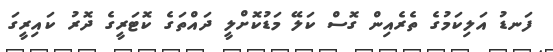
ފަނޑު އަލިކަމުގެ ތެރެއިން ގޮސް ކަލޭ މަޑުކޮށްލީ ދައްތަގެ ކޮޓަރީގެ ދޮރު ކައިރީގަ